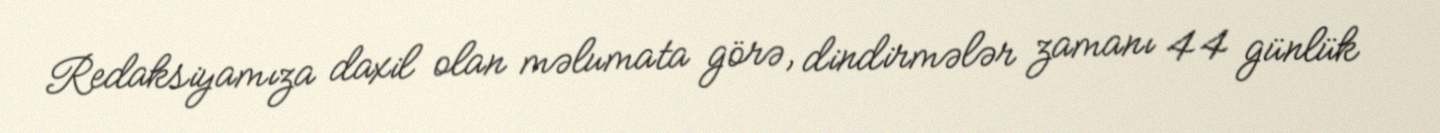
Redaksiyamıza daxil olan məlumata görə, dindirmələr zamanı 44 günlük